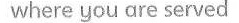
where you are served